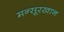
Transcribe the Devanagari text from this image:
मन्सूरखान